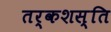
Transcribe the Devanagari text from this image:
तर्कशस्ति